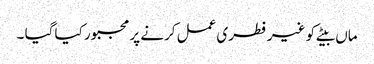
ماں بیٹے کو غیر فطری عمل کرنے پر مجبور کیا گیا ۔